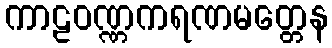
ကာဠဝဏ္ဏကရဏမတ္တေန